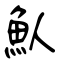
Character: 魜